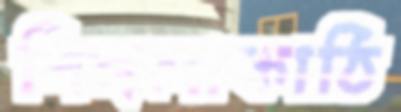
পিঙ্গলাকাঠি